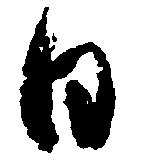
日